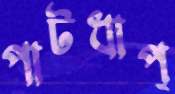
পাটধাপ্